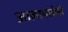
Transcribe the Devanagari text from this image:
आलापांचेही